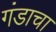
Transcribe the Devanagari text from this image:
गंडाचा